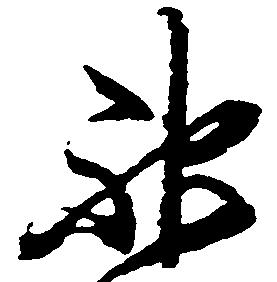
神